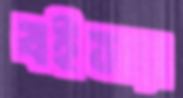
বইস্যা